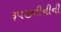
રૂપજીવીનીની